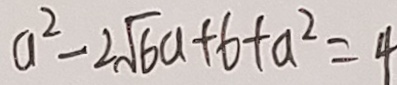
a ^ { 2 } - 2 \sqrt { 6 } a + 6 + a ^ { 2 } = 4